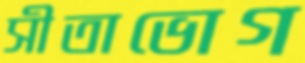
সীতাভোগ